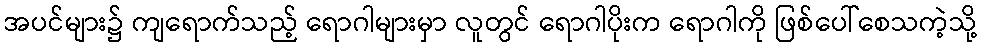
အပင်များ၌ ကျရောက်သည့် ရောဂါများမှာ လူတွင် ရောဂါပိုးက ရောဂါကို ဖြစ်ပေါ်စေသကဲ့သို့